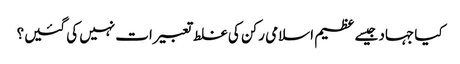
کیا جہاد جیسے عظیم اسلامی رکن کی غلط تعبیرات نہیں کی گئیں؟